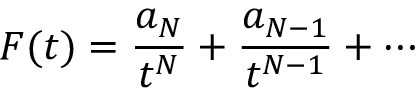
F ( t ) = { \frac { a _ { N } } { t ^ { N } } } + { \frac { a _ { N - 1 } } { t ^ { N - 1 } } } + \cdots